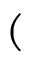
(